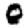
Digit: 0